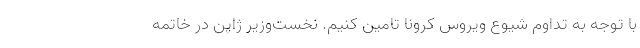
با توجه به تداوم شیوع ویروس کرونا تامین کنیم. نخست‌وزیر ژاپن در خاتمه